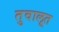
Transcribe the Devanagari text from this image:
तुवालूत